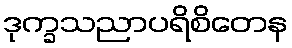
ဒုက္ခသညာပရိစိတေန